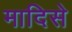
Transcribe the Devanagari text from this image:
मादिसे